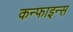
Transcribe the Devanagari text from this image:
कन्फाइन्स